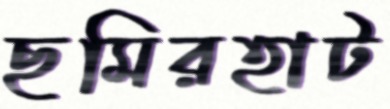
ছমিরহাট